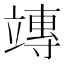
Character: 竱